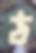
ঠ